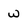
Character: w